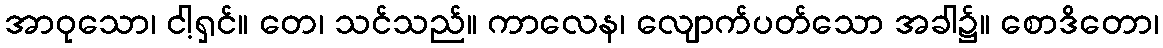
အာဝုသော၊ ငါ့ရှင်။ တေ၊ သင်သည်။ ကာလေန၊ လျောက်ပတ်သော အခါ၌။ စောဒိတော၊